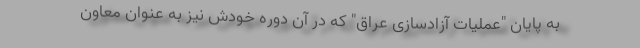
به پایان "عملیات آزادسازی عراق" که در آن دوره خودش نیز به عنوان معاون